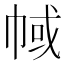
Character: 𢃎